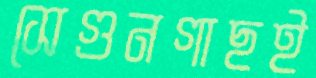
সেগুনগাছই